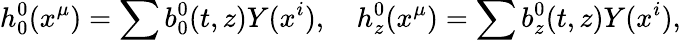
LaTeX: {h_{0}^{0}}(x^{\mu})=\sum{b_{0}^{0}}(t,z)Y(x^{i}),\quad{h_{z}^{0}}(x^{\mu})=\sum{b_{z}^{0}}(t,z)Y(x^{i}),